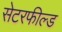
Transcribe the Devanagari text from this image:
सेटरफील्ड